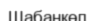
Шабанкөл